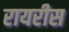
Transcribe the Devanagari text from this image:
रायरीस